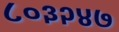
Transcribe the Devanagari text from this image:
८०३२४७